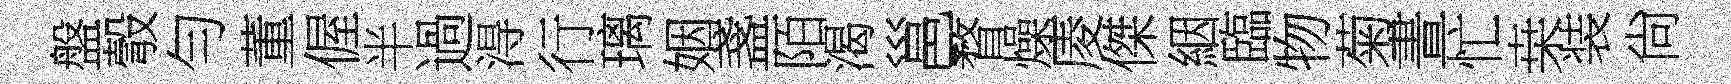
盤彀勻董偓半過淂行璃姻盞陌渴邕瞀燥庱傑絪臨物菊晝忙桒装尙